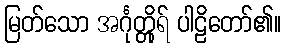
မြတ်သော အင်္ဂုတ္တိုရ် ပါဠိတော်၏။